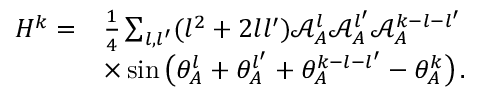
\begin{array} { r l } { H ^ { k } = } & { \frac { 1 } { 4 } \sum _ { { l } , { l ^ { \prime } } } ( { l } ^ { 2 } + 2 { l } { l ^ { \prime } } ) \mathcal { A } _ { A } ^ { l } \mathcal { A } _ { A } ^ { l ^ { \prime } } \mathcal { A } _ { A } ^ { k - { l } - { l ^ { \prime } } } } \\ & { \times \sin \big ( \theta _ { A } ^ { l } + \theta _ { A } ^ { l ^ { \prime } } + \theta _ { A } ^ { k - { l } - { l ^ { \prime } } } - \theta _ { A } ^ { k } \big ) \, . } \end{array}